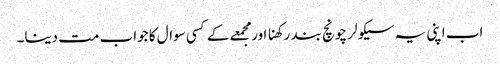
اب اپنی یہ سیکولر چونچ بند رکھنا اور مجمعے کے کسی سوال کا جواب مت دینا۔